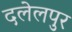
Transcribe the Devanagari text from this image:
दलेलपुर